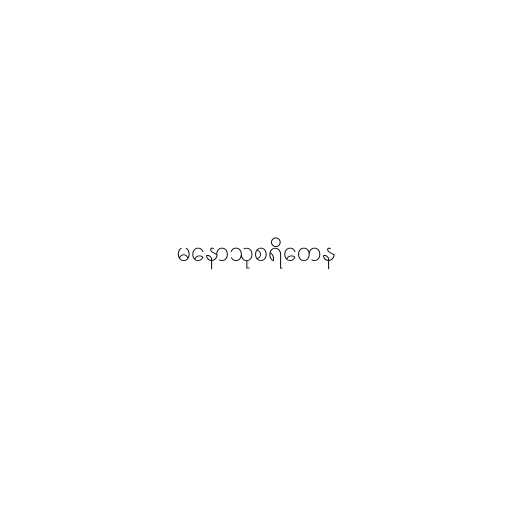
မနောသုစရိတေန